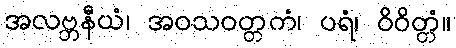
အလဗ္ဘနီယံ၊ အဝသဝတ္တကံ၊ ပရံ၊ ဝိဝိတ္တံ။